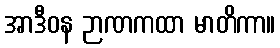
အာဒီဝန ဉာဏကထာ မာတိကာ။